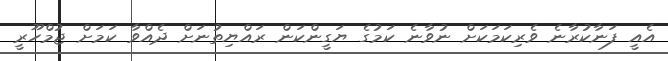
އެއީ ފަނާކުރާނެ ވެރިކަމަކަށް ނުވާނެ ކަމުގެ ޔަގީންކަން ރައްޔިތުނަށް ދެއްވާ ކަމަށް ޖުމްހޫރީ